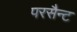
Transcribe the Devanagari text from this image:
परसैन्ट